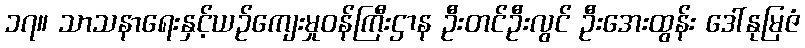
၁၇။ သာသနာရေးနှင့်ယဉ်ကျေးမှုဝန်ကြီးဌာန ဦးတင်ဦးလွင် ဦးအေးထွန်း ဒေါ်နုမြဇံ